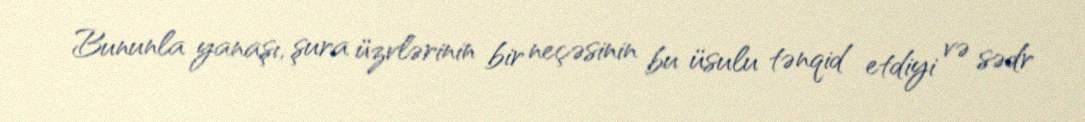
Bununla yanaşı, şura üzvlərinin bir neçəsinin bu üsulu tənqid etdiyi və sədr